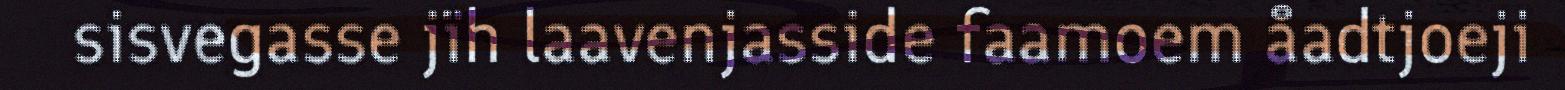
sisvegasse jïh laavenjasside faamoem åadtjoeji